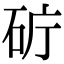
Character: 𥑈